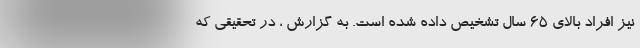
نیز افراد بالای 65 سال تشخیص داده شده است. به گزارش ، در تحقیقی که